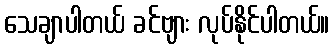
သေချာပါတယ် ခင်ဗျား လုပ်နိုင်ပါတယ်။